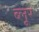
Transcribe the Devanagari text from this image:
ब्लूर